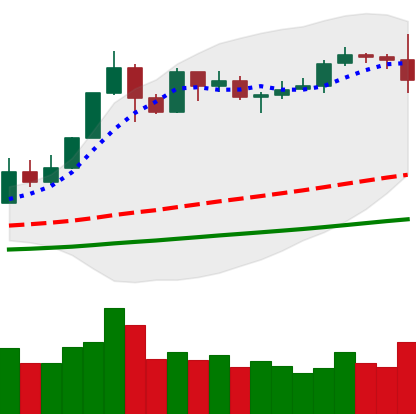
Ticker: ETH-USD
Chart end date: 2019-05-30
Forward return: -5.675%
Label: down_5_7